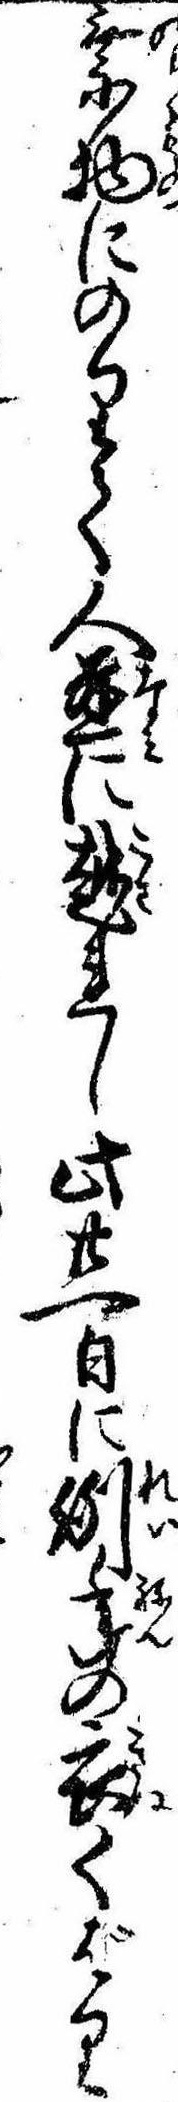
乗物にのりて人並に越れし此廿一日に例年の衣くばり